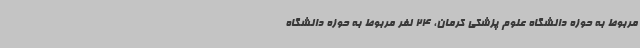
مربوط به حوزه دانشگاه علوم پزشکی کرمان، 24 نفر مربوط به حوزه دانشگاه